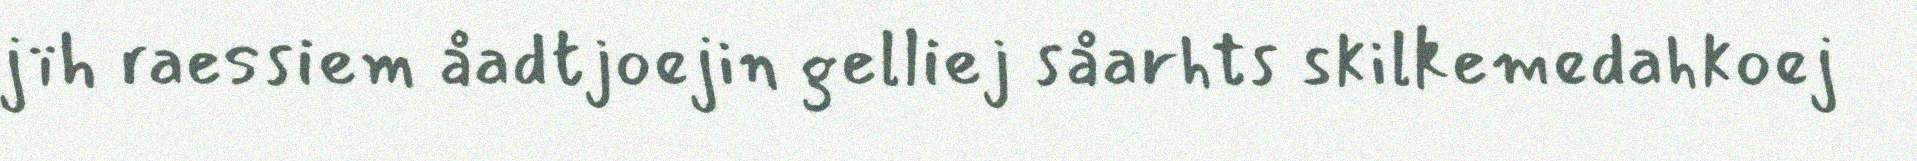
jïh raessiem åadtjoejin gelliej såarhts skilkemedahkoej